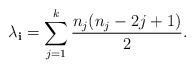
LaTeX: \begin{align*} \lambda_{\bf i} = \sum_{j=1}^k \frac{n_j(n_j-2j+1)}{2}. \end{align*}